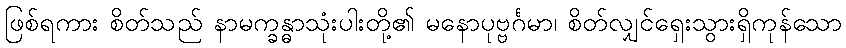
ဖြစ်ရကား စိတ်သည် နာမက္ခန္ဓာသုံးပါးတို့၏ မနောပုဗ္ဗင်္ဂမာ၊ စိတ်လျှင်ရှေးသွားရှိကုန်သော